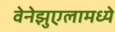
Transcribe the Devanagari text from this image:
वेनेझुएलामध्ये